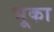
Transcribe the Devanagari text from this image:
भूका